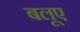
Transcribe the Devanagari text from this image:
बलूए